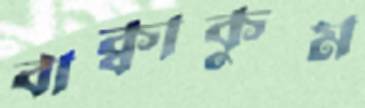
বাক্বাকুম